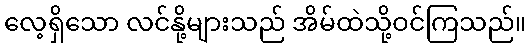
လေ့ရှိသော လင်နို့များသည် အိမ်ထဲသို့ဝင်ကြသည်။